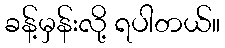
ခန့်မှန်းလို့ ရပါတယ်။